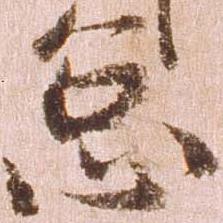
怠